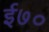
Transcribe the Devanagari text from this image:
ई७०